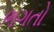
ભગતો